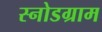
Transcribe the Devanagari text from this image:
स्नोडग्राम